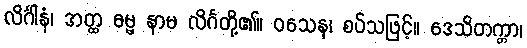
လိင်္ဂါနံ၊ အတ္ထ ဓမ္မ နာမ လိင်္ဂတို့၏။ ဝသေန၊ စပ်သဖြင့်။ ဒေသိတက္တာ၊